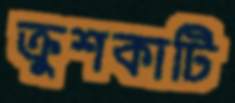
ক্রুশকাটি